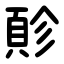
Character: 䪾